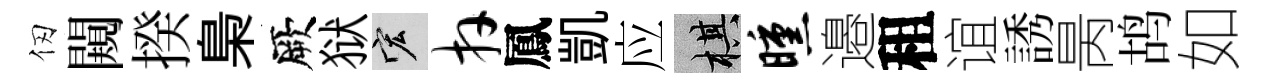
仞闚揆梟厥狱宏卉鳳凱应棋曛邉租谊誘昺鸪如